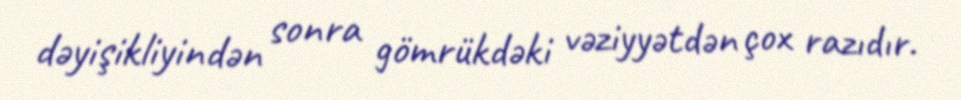
dəyişikliyindən sonra gömrükdəki vəziyyətdən çox razıdır.